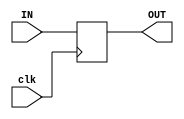
module PC(OUT,IN,clk);

	input [31:0] IN;
	input clk;

	output [31:0] OUT;

	wire [31:0] IN;
	wire clk;	
	reg [31:0] OUT;

	always @(posedge clk)
	begin
		OUT<=IN;
	end

endmodule